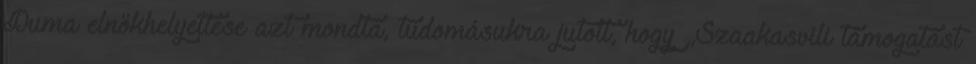
Duma elnökhelyettese azt mondta, tudomásukra jutott, hogy „Szaakasvili támogatást